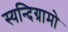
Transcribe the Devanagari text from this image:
स्यन्दिग्रामो